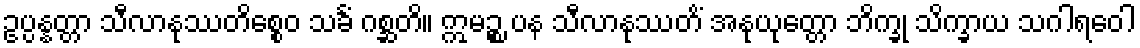
ဥပ္ပန္နတ္တာ သီလာနုဿတိစ္စေဝ သင်္ခံ ဂစ္ဆတိ။ ဣမဉ္စ ပန သီလာနုဿတိံ အနုယုတ္တော ဘိက္ခု သိက္ခာယ သဂါရဝေါ